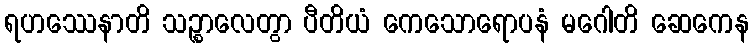
ရဟဿေနာတိ သဉ္စာလေတွာ ပီတိယံ ကေသောရောပနံ မဂေါတိ ဆေကေန